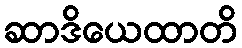
ဆာဒိယေထာတိ